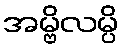
အမ္ဗိလမ္ပိ